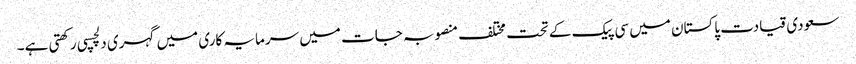
سعودی قیادت پاکستان میں سی پیک کے تحت مختلف منصوبہ جات میں سرمایہ کاری میں گہری دلچسپی رکھتی ہے۔